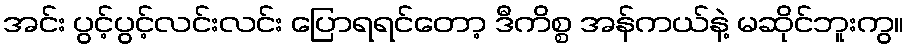
အင်း ပွင့်ပွင့်လင်းလင်း ပြောရရင်တော့ ဒီကိစ္စ အန်ကယ်နဲ့ မဆိုင်ဘူးကွ။